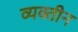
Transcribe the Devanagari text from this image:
व्यक्तीन